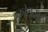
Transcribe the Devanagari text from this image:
कोलचेक